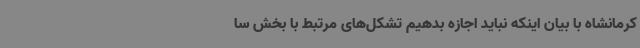
کرمانشاه با بیان اینکه نباید اجازه بدهیم تشکل‌های مرتبط با بخش سا